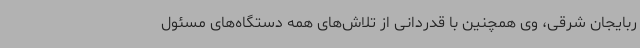
ربایجان شرقی، وی همچنین با قدردانی از تلاش‌های همه دستگاه‌های مسئول